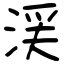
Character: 渓